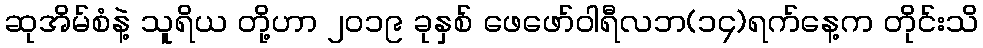
ဆုအိမ်စံနဲ့ သူရိယ တို့ဟာ ၂၀၁၉ ခုနှစ် ဖေဖော်ဝါရီလဘ(၁၄)ရက်နေ့က တိုင်းသိ